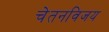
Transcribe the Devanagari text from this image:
चेतनविजय